Tezpur Lunatic Asylum reports 1895-1904 - 1895-1904
Year: 1895
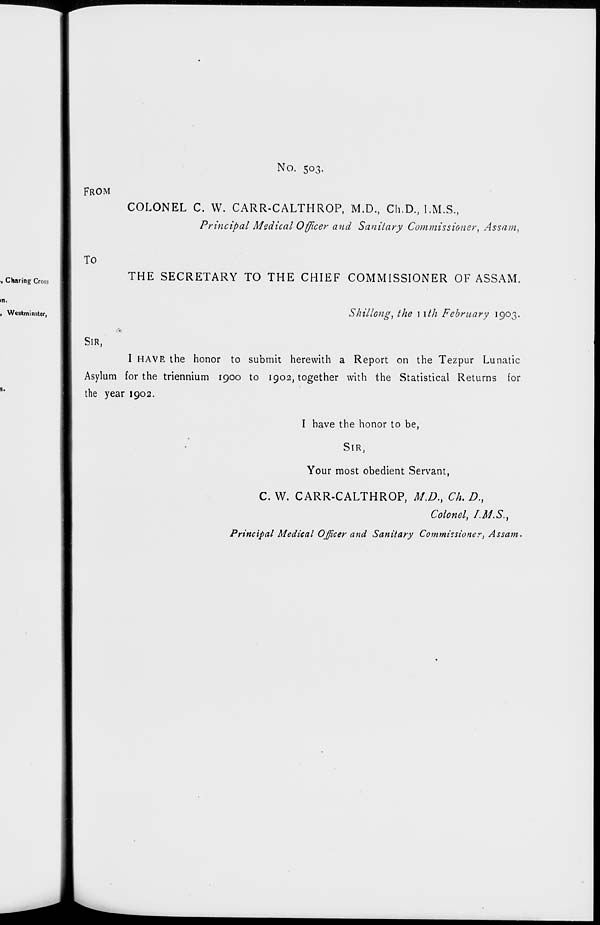
FROM
No. 503.
COLONEL C. W. CARR-CALTHROP, M.D., Ch.D., I.M.S.,
Principal Medical Officer and Sanitary Commissioner, Assam,
, Charing Cross
To
THE SECRETARY TO THE CHIEF COMMISSIONER OF ASSAM.
, Westminster,
Shillong, the 1 \th February 1903.
SIR,
I HAVE the honor to submit herewith a Report on the Tezpur Lunatic
Asylum for the triennium 1900 to 1902, together with the Statistical Returns for
the year 1902.
I have the honor to be,
SIR,
Your most obedient Servant,
C. W. CARR-CALTHROP, M.D., Ch. A,
Colonel, /M.S.,
Principal Medical Officer and Sanitary Commissioner, Assam.